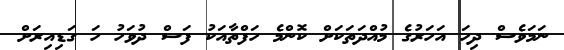
ނަމަވެސް ދިހަ އަހަރުގެ މުއްދަތަކަށް ކޮންމެ ހަފްތާއަކު ފަސް ދުވަހު ހަ ގަޑިއިރަށް